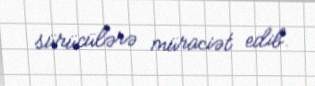
sürücülərə müraciət edib.